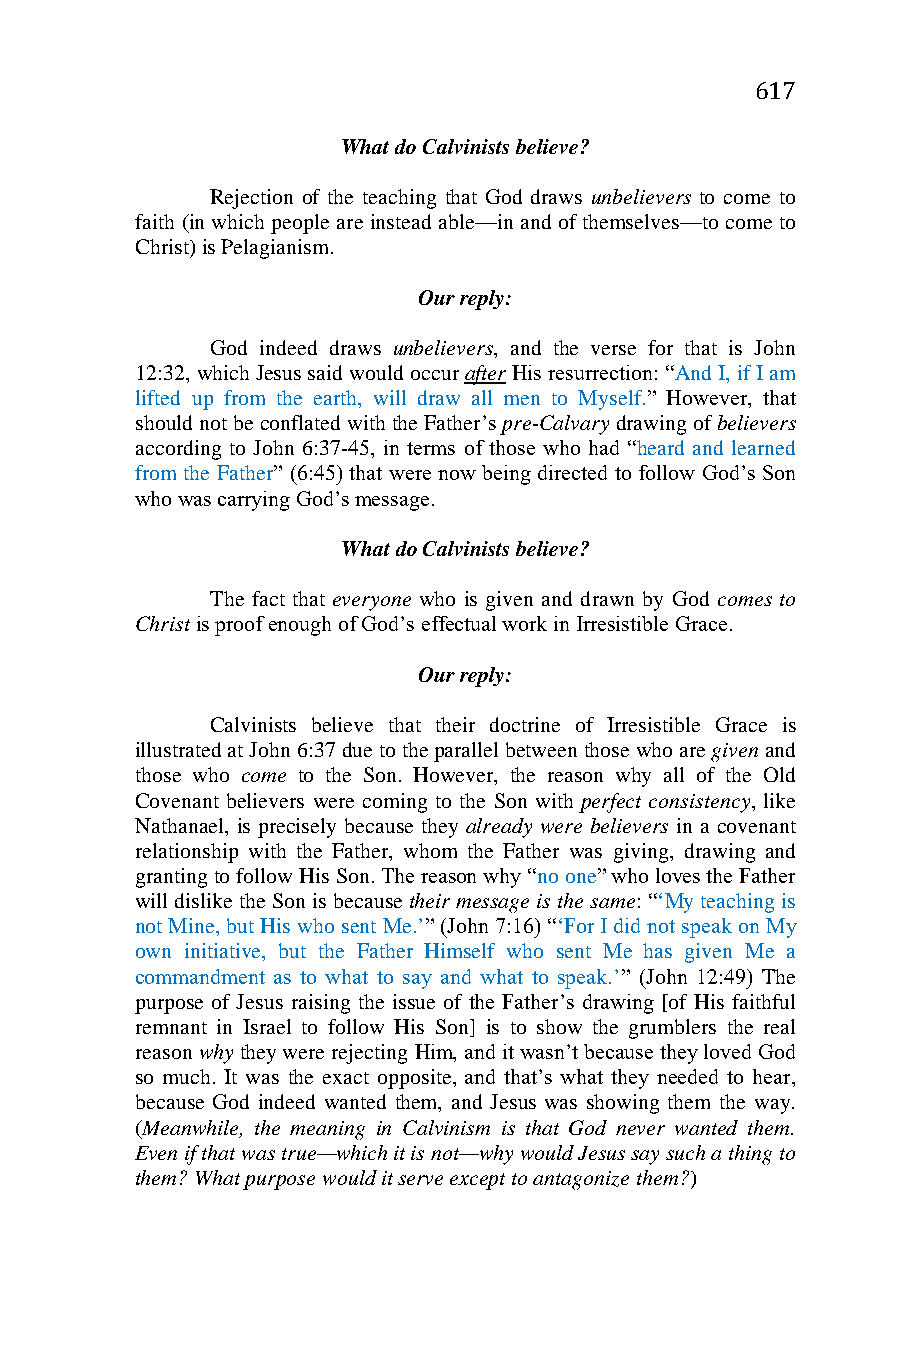
617
 What do Calvinists believe?
 Rejection of the teaching that God draws unbelievers to come to
 faith (in which people are instead able—in and of themselves—to come to
 Christ) is Pelagianism.
 Our reply:
 God indeed draws unbelievers, and the verse for that is John
 12:32, which Jesus said would occur after His resurrection: “And I, if I am
 lifted up from the earth, will draw all men to Myself.” However, that
 should not be conflated with the Father’s pre-Calvary drawing of believers
 according to John 6:37-45, in terms of those who had “heard and learned
 from the Father” (6:45) that were now being directed to follow God’s Son
 who was carrying God’s message.
 What do Calvinists believe?
 The fact that everyone who is given and drawn by God comes to
 Christ is proof enough of God’s effectual work in Irresistible Grace.
 Our reply:
 Calvinists believe that their doctrine of Irresistible Grace is
 illustrated at John 6:37 due to the parallel between those who are given and
 those who come to the Son. However, the reason why all of the Old
 Covenant believers were coming to the Son with perfect consistency, like
 Nathanael, is precisely because they already were believers in a covenant
 relationship with the Father, whom the Father was giving, drawing and
 granting to follow His Son. The reason why “no one” who loves the Father
 will dislike the Son is because their message is the same: “‘My teaching is
 not Mine, but His who sent Me.’” (John 7:16) “‘For I did not speak on My
 own initiative, but the Father Himself who sent Me has given Me a
 commandment as to what to say and what to speak.’” (John 12:49) The
 purpose of Jesus raising the issue of the Father’s drawing [of His faithful
 remnant in Israel to follow His Son] is to show the grumblers the real
 reason why they were rejecting Him, and it wasn’t because they loved God
 so much. It was the exact opposite, and that’s what they needed to hear,
 because God indeed wanted them, and Jesus was showing them the way.
 (Meanwhile, the meaning in Calvinism is that God never wanted them.
 Even if that was true—which it is not—why would Jesus say such a thing to
 them? What purpose would it serve except to antagonize them?)